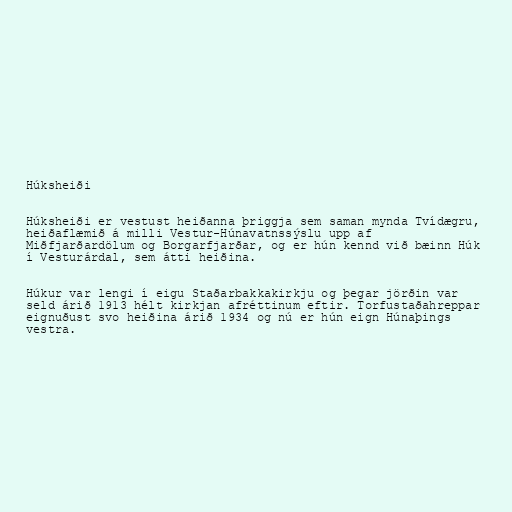
Húksheiði

Húksheiði er vestust heiðanna þriggja sem saman mynda Tvídægru,
heiðaflæmið á milli Vestur-Húnavatnssýslu upp af
Miðfjarðardölum og Borgarfjarðar, og er hún kennd við bæinn Húk
í Vesturárdal, sem átti heiðina.

Húkur var lengi í eigu Staðarbakkakirkju og þegar jörðin var
seld árið 1913 hélt kirkjan afréttinum eftir. Torfustaðahreppar
eignuðust svo heiðina árið 1934 og nú er hún eign Húnaþings
vestra.